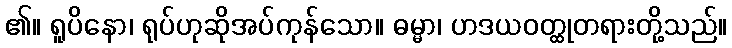
၏။ ရူပိနော၊ ရုပ်ဟုဆိုအပ်ကုန်သော။ ဓမ္မာ၊ ဟဒယဝတ္ထုတရားတို့သည်။